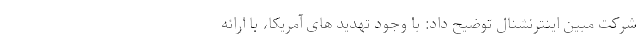
شرکت مبین اینترنشنال توضیح داد: با وجود تهدید های آمریکا، با ارائه